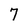
Character: 7